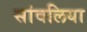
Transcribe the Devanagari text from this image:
सांवलिया